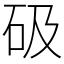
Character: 砐